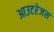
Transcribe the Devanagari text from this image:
आउटरेजस